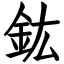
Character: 鈜